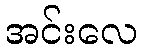
အင်းလေ